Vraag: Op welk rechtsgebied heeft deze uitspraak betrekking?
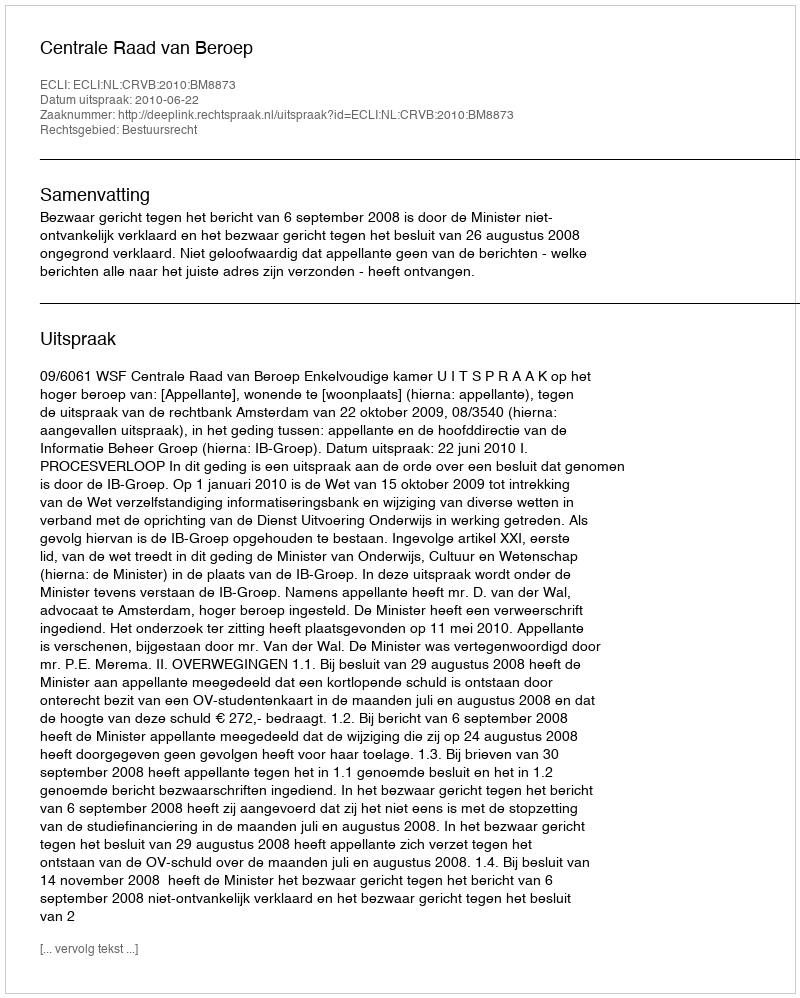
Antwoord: Bestuursrecht